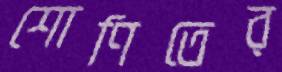
শোণিতের